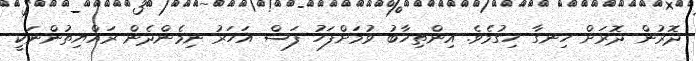
ދޮރުން ދޮރަށް ހިނގާ ހިގުމެވެ. އިންތިޚާބު ވުމަށްފަހު ފަސް އަހަރު ނިމެންދެން ރައްޔިތުންނަކީ